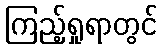
ကြည့်ရှုရာတွင်